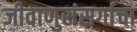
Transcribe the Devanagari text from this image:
जीवाणुसंसर्गाचा